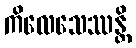
ကိလေသေဿန္တိ